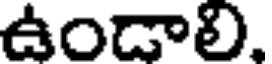
ఉండాలి.